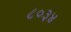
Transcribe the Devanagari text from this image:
८०३४